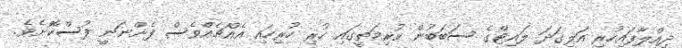
ދިއްލާފައިހުރި އަލިގަދަ ލައިޓްގެ ސަބަބުން ކުރިމަތީގައި ހުރި ހުރިހައި އެއްޗެއްވެސް ފެންނަނީ ފުސްކޮށެވެ.